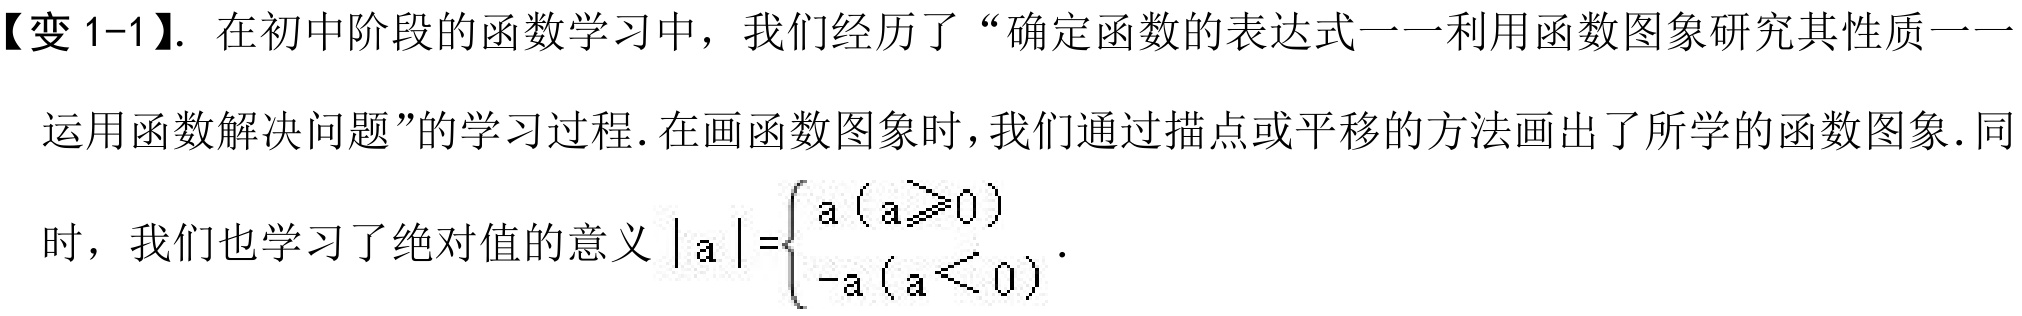
【变 1-1】. 在初中阶段的函数学习中，我们经历了“确定函数的表达式一一利用函数图象研究其性质一一
运用函数解决问题”的学习过程. 在画函数图象时，我们通过描点或平移的方法画出了所学的函数图象. 同
时，我们也学习了绝对值的意义\(\vert a\vert=\begin{cases}a\ (a\geqslant0)\\-a\ (a < 0)\end{cases}\).